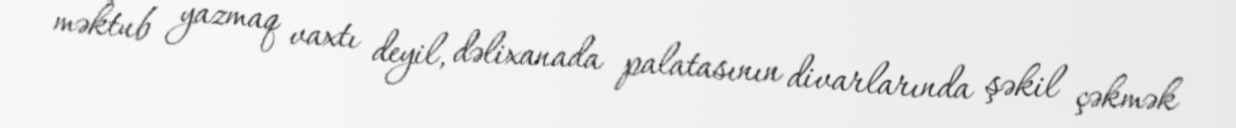
məktub yazmaq vaxtı deyil, dəlixanada palatasının divarlarında şəkil çəkmək